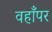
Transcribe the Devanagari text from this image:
वहाँपर